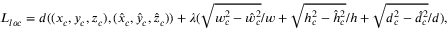
L _ { l o c } = d ( ( x _ { c } , y _ { c } , z _ { c } ) , ( \hat { x } _ { c } , \hat { y } _ { c } , \hat { z } _ { c } ) ) + \lambda ( \sqrt { w _ { c } ^ { 2 } - \hat { w } _ { c } ^ { 2 } } / w + \sqrt { h _ { c } ^ { 2 } - \hat { h } _ { c } ^ { 2 } } / h + \sqrt { d _ { c } ^ { 2 } - \hat { d } _ { c } ^ { 2 } } / d ) ,